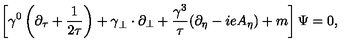
\left[ \gamma ^ { 0 } \left( \partial _ { \tau } + { \frac { 1 } { 2 \tau } } \right) + { \bf \gamma } _ { \perp } \cdot \partial _ { \perp } + { \frac { \gamma ^ { 3 } } { \tau } } ( \partial _ { \eta } - i e A _ { \eta } ) + m \right] \Psi = 0 ,